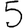
Digit: 5